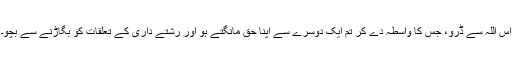
اس اللہ سے ڈرو، جس کا واسطہ دے کر تم ایک دوسرے سے اپنا حق مانگتے ہو اور رشتے داری کے تعلقات کو بگاڑنے سے بچو۔